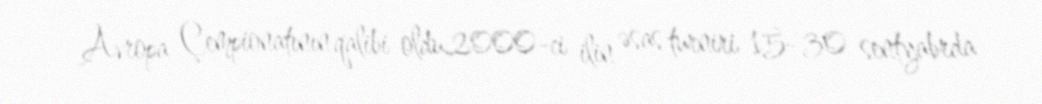
Avropa Çempionatının qalibi oldu.2000-ci ilin əsas turniri 15–30 sentyabrda